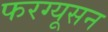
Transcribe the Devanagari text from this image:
फरग्यूसन